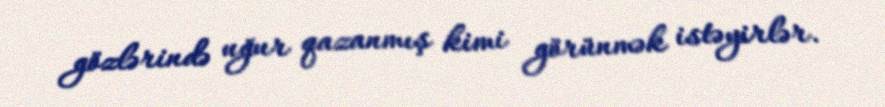
gözlərində uğur qazanmış kimi görünmək istəyirlər.